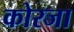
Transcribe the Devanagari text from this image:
कोरजा